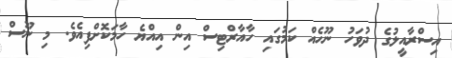
އިސްރާއީލުގެ ދުވަހު ނޫހެއް ކަމުގައި ހާއާރްޓިސް އިން އިއްޔެ ހާމަކޮށްފިއެވެ. މި ނޫސް